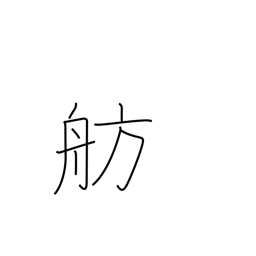
Meaning: berth